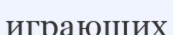
играющих